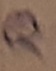
Text: Q